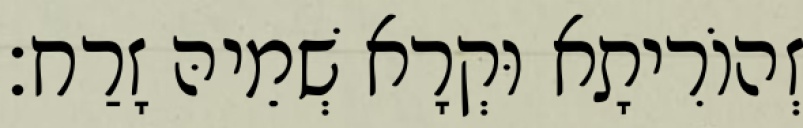
זְהוֹרִיתָא וּקְרָא שְׁמֵיהּ זָרַח׃